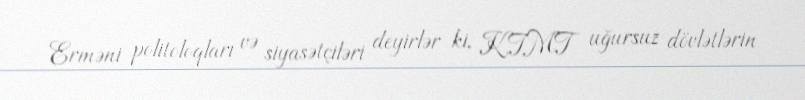
Erməni politoloqları və siyasətçiləri deyirlər ki, KTMT uğursuz dövlətlərin